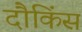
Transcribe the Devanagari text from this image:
दौकिंस